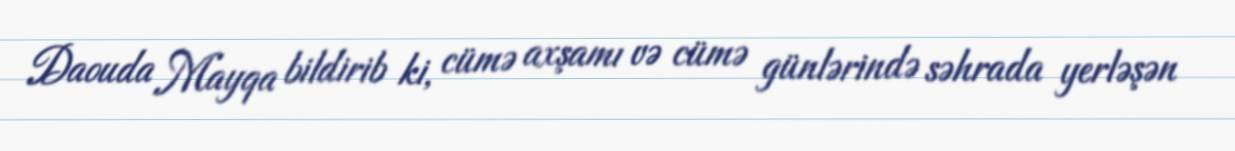
Daouda Mayqa bildirib ki, cümə axşamı və cümə günlərində səhrada yerləşən